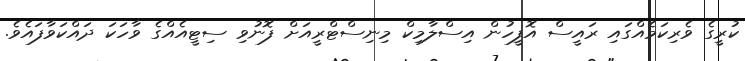
ކުރީގެ ވެރިކަމެއްގައި ރައީސް އޮފީހުން އިސްލާމިކް މިިނިސްޓްރީއަށް ފޮނުވި ސިޓީއެއްގެ ވާހަކަ ދައްކަވާފައެވެ.